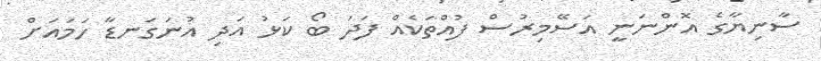
ސާނިޔާގެ އޮންނަނީ އަސޭމިރުސް ފުއްތަކެއް ފަދަ ބޯ ކަޅު އަދި އުނަގަނޑާ ހަމައަށް